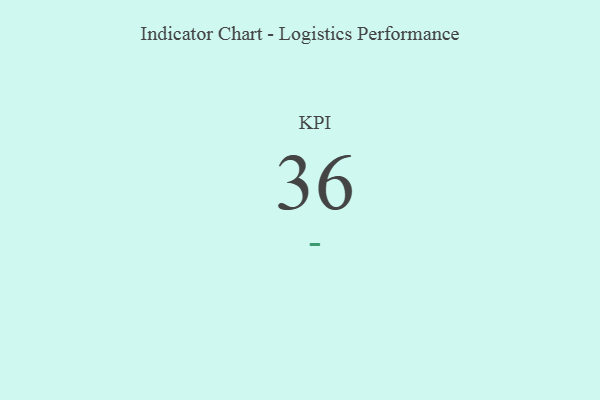
{"axis": {"x": "KPI", "y": "Value"}, "legend": [""], "data": [{"x": "KPI", "y": 36, "type": ""}]}